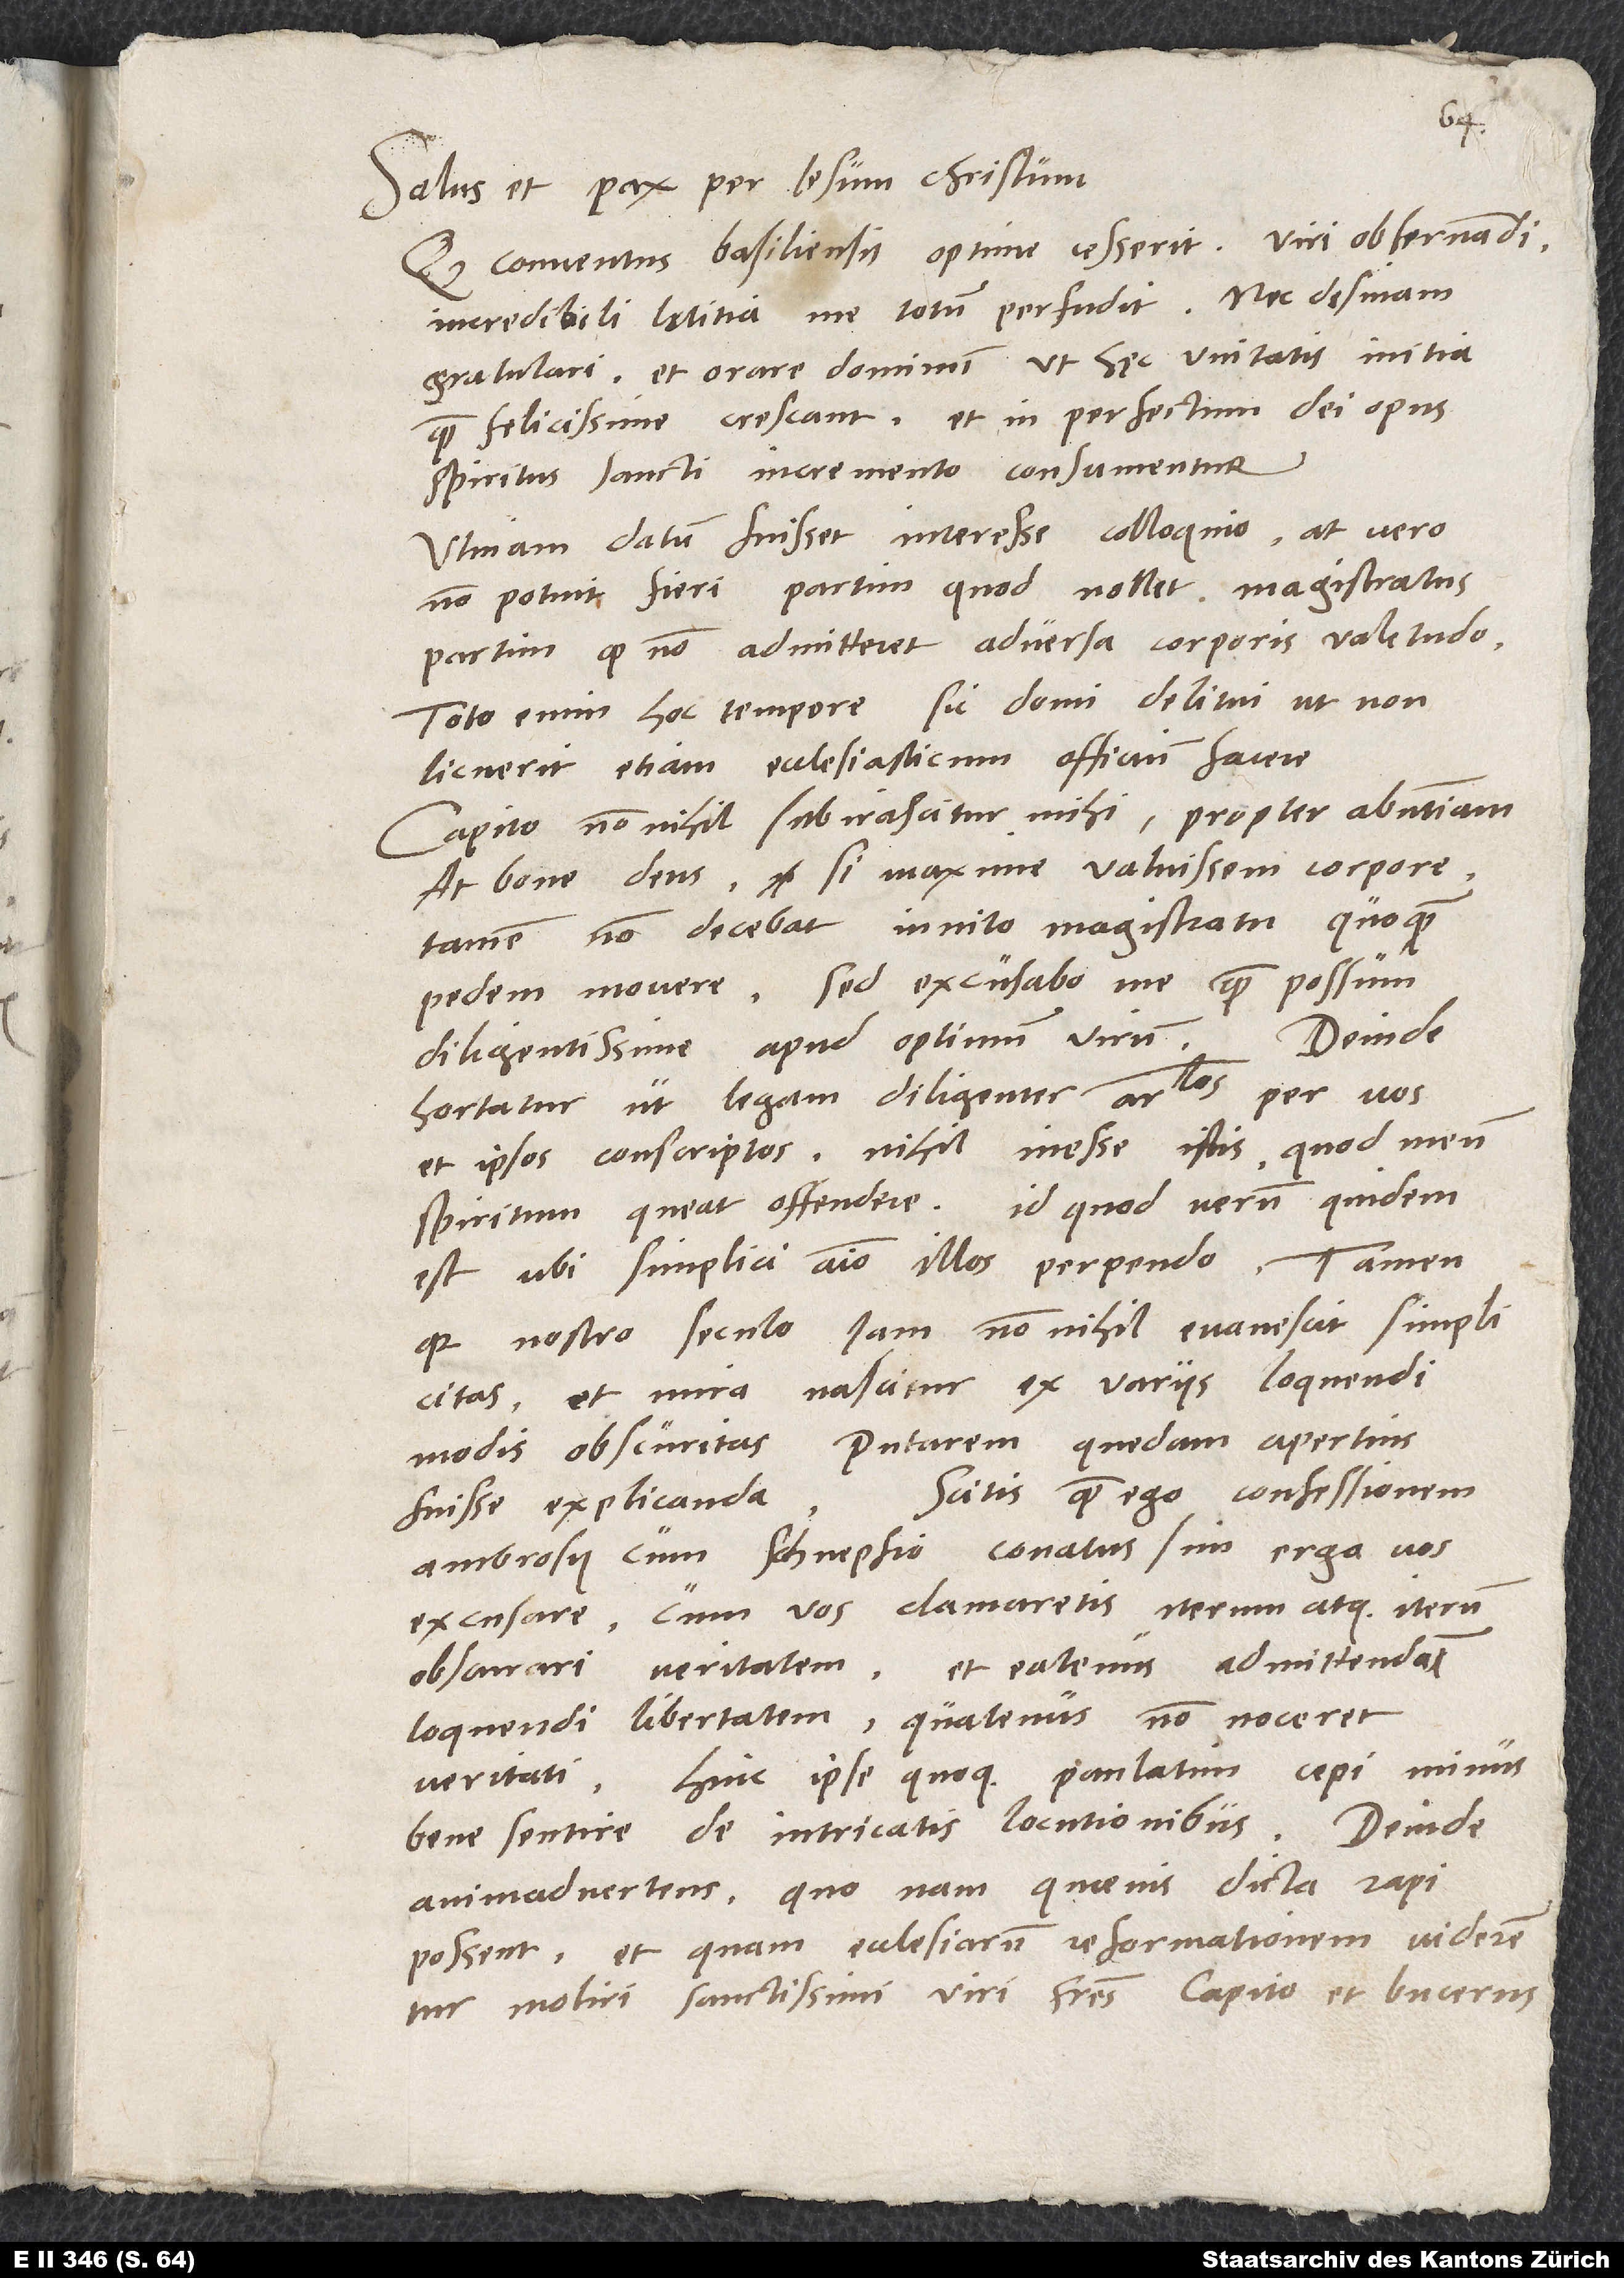
Salus et pax per Iesum Christum.
Quod conventus Basiliensis optime cesserit, viri observandi,
incredibili lętitia me totum perfudit, nec desinam
gratulari et orare dominum, ut hęc unitatis initia
quam felicissime crescant et in perfectum dei opus
spiritus sancti incremento consumentur.
Utinam datum fuisset interesse colloquio! At vero
non potuit fieri, partim, quod nollet magistratus,
partim, quod non admitteret adversa corporis valetudo.
Toto enim hoc tempore sic domi delitui, ut non
licuerit etiam ecclesiasticum officium facere.
Capito nonnihil subirascitur mihi propter absentiam.
At bone deus, si maxime valuissem corpore,
tamen non decebat invito magistratu quoquam
pedem movere. Sed excusabo me quam possum
diligentissime apud optimum virum.
hortatur, ut legam diligenter articulos per vos
et ipsos conscriptos; nihil inesse istis, quod meum
est, ubi simplici animo illos perpendo. Tamen,
quia nostro seculo iam nonnihil evanescit simplicitas
et mira nascitur ex varus loquendi
modis obscuritas, putarem quedam apertius
fuisse explicanda. Scitis, quam ego confessionem
Ambrosii cum Schnepfio conatus sim erga vos
excusare, cum vos clamaretis iterum atque iterum
obscurari veritatem, et eatenus admittendam
loquendi libertatem, quatenus non noceret
veritati. Hinc ipse quoque paulatim cepi minus
bene sentire de intricatis locutionibus. Deinde
animadvertens, quo nam quaevis dicta rapi
possent et quam ecclesiarum reformationem viderentur
moliri sanctissimi viri fratres Capito et Bucerus,